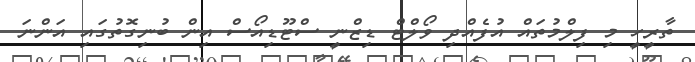
ތާރީހީ މި ފިލްމުތައް އުފެއްދި ވޯލްޓް ޑިޒްނީ ސްޓޫޑިއޯސް އިން ބުނިގޮތުގައި އަންނަ